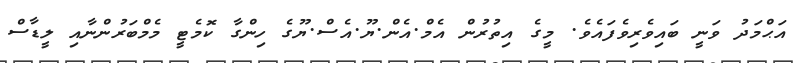
އަޙްމަދު ވަނީ ބައިވެރިވެފައެވެ. މީގެ އިތުރުން އެމް.އެން.ޔޫ.އެސް.ޔޫގެ ހިންގާ ކޮމެޓީ މެމްބަރުންނާއި ލީޑާސް